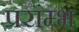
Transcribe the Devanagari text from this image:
प्ररांम्भ